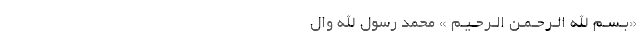
«بـسـم الله الـرحـمـن الـرحـیـم » مُحَمَّدٌ رَسُولُ اللَّهِ وَالّ